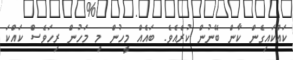
ކައްކައިގެން ކާން ބޭނުން ކުރެއެވެ. ބައެއް މީހުން މި މަހުން ރިހަވެސް ކައްކަ